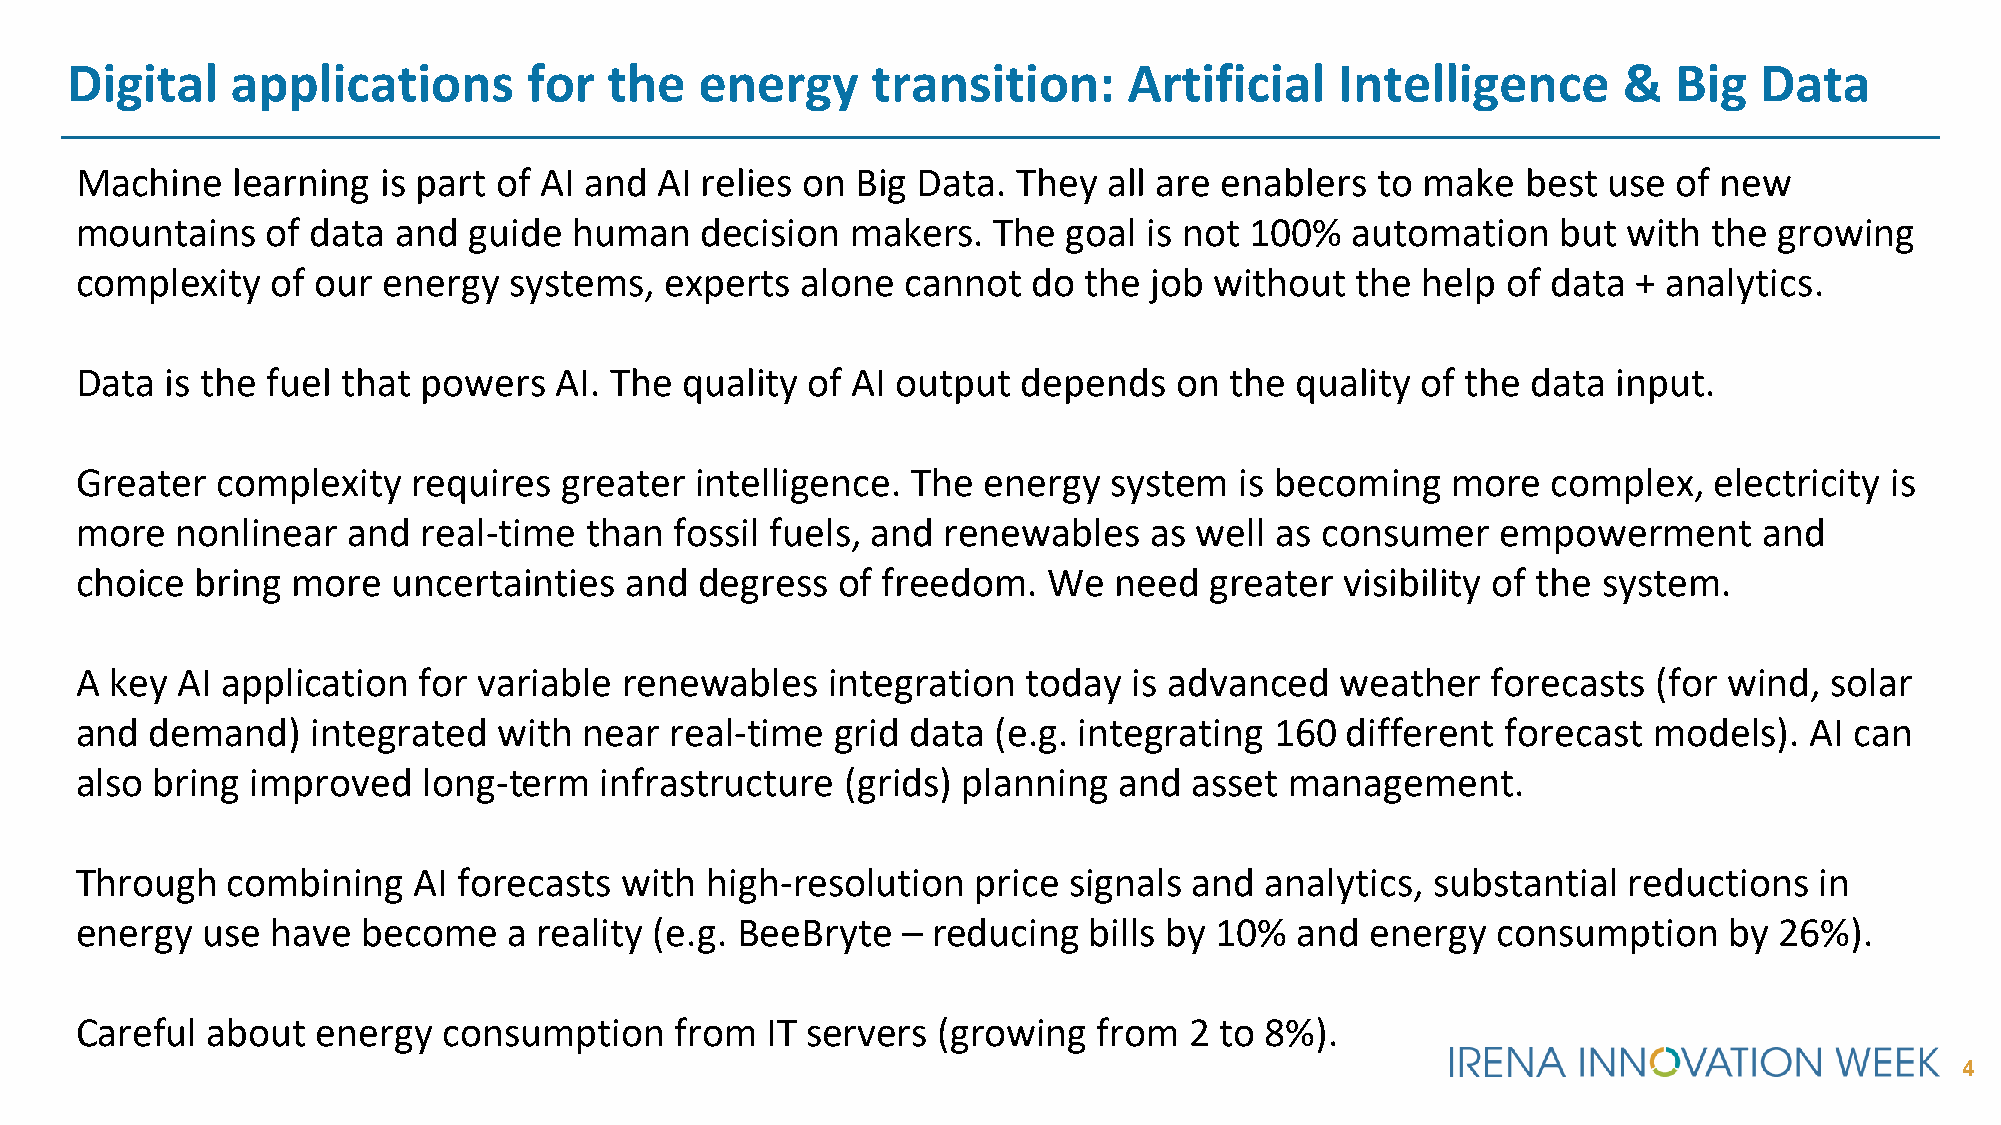
Digital    applications        for  the   energy      transition:      Artificial    Intelligence      &   Big  Data
 Machine   learning  is part of AI and  AI relies on Big Data. They  all are enablers  to make   best use  of new
 mountains    of data and  guide  human   decision  makers.   The  goal is not 100%  automation    but  with the  growing
 complexity   of our energy   systems,  experts  alone  cannot  do  the job without   the help  of data + analytics.
 Data  is the fuel that powers   AI. The quality of AI output   depends   on the  quality of the data  input.
 Greater  complexity   requires  greater  intelligence. The  energy  system   is becoming   more   complex,  electricity is
 more   nonlinear  and  real-time  than  fossil fuels, and renewables   as well as consumer    empowerment       and
 choice  bring more   uncertainties  and  degress  of freedom.   We   need  greater  visibility of the system.
 A key  AI application  for variable renewables    integration  today  is advanced   weather   forecasts  (for wind, solar
 and  demand)    integrated  with  near real-time  grid data  (e.g. integrating 160  different  forecast models).   AI can
 also bring  improved   long-term   infrastructure  (grids) planning  and  asset management.
 Through   combining   AI forecasts  with  high-resolution   price signals and  analytics, substantial  reductions  in
 energy  use  have  become    a reality (e.g. BeeBryte  – reducing  bills by 10%  and  energy  consumption    by  26%).
 Careful  about  energy  consumption     from  IT servers (growing   from  2 to 8%).
 4